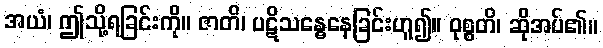
အယံ၊ ဤသို့ရခြင်းကို။ ဇာတိ၊ ပဋိသန္ဓေနေခြင်းဟူ၍။ ဝုစ္စတိ၊ ဆိုအပ်၏။